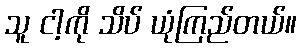
သူ ငါ့ကို သိပ် ယုံကြည်တယ်။